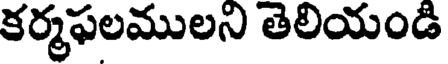
కర్మఫలములని తెలియండి